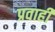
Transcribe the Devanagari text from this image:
प्रवाहीं